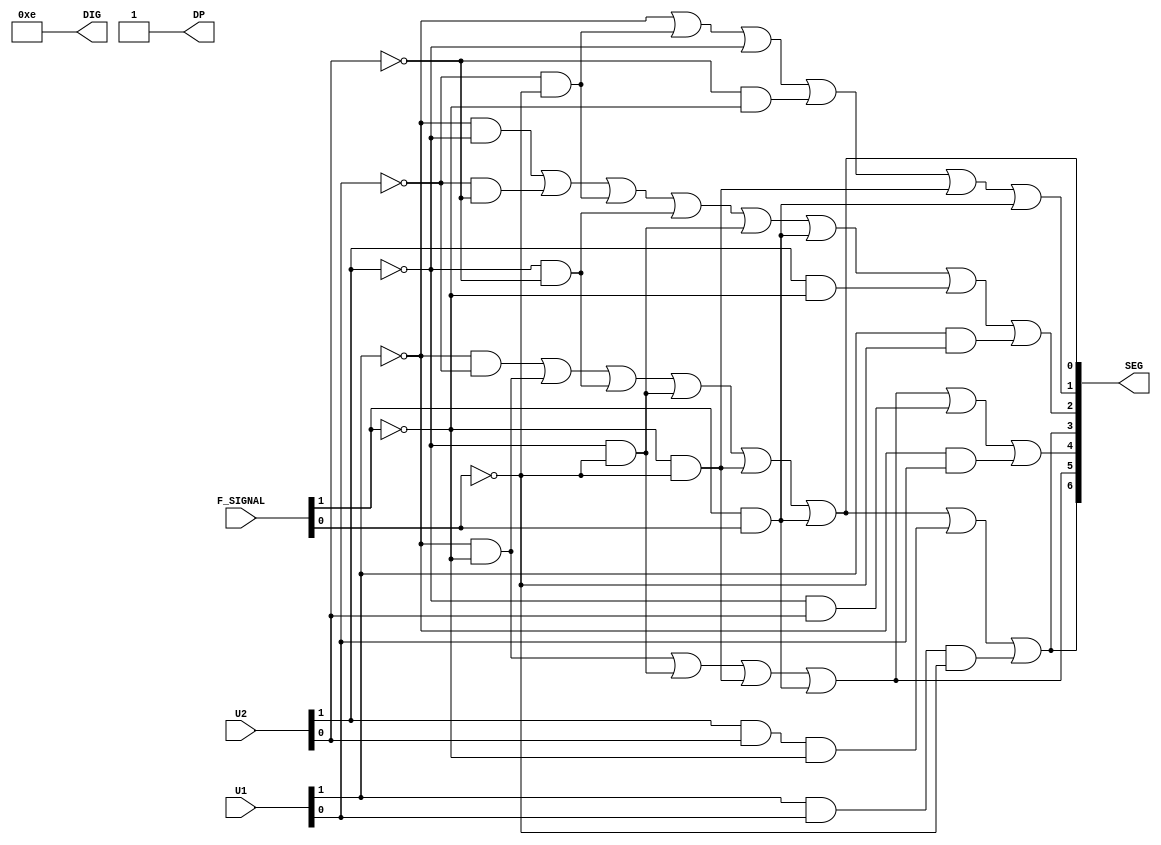
//DECODIFICADOR DO MOSTRADOR DE 7 SEGMENTOS

module display_decoder(SEG, DIG, DP, U1, U2, F_SIGNAL);

	input [1:0]U1;
	input [1:0]U2;
	input [1:0]F_SIGNAL;
	output [6:0]SEG;
	output [3:0]DIG;
	output DP;
	wire T1, T2, T3, T4, T5, T6;
	wire G1, G2, G3, G4;
	wire J1, J2, J3, J4, J5, J6, J7, J8;
	wire P1, P2, P3, P4, P5, P6, P7, P8, P9;
	wire D1, D2, D3, D4, D5, D6;
	wire H1, H2, H3, H4, H5, H6;
	wire A1, A2, A3, A4, A5, A6, A7, A8;
	

	not Inv0(not_U10, U1[0]);
	not Inv1(not_U11, U1[1]);
	not Inv2(not_U20, U2[0]);
	not Inv3(not_U21, U2[1]);
	not Inv4(not_F0, F_SIGNAL[0]);
	not Inv5(not_F1, F_SIGNAL[1]);

	//For DP output
	and And0(DP, 1'b1, 1'b1);

	//For DIG[0]
	and And1(DIG[0], 1'b1, 1'b0);

	//For DIG[1]
	and And2(DIG[1], 1'b1, 1'b1);

	//For DIG[2]
	and And3(DIG[2], 1'b1, 1'b1);

	//For DIG[0]
	and And4(DIG[3], 1'b1, 1'b1);

	//For SEG[0] (g) output
	and And5(T1, not_U11, not_U10);
	and And6(T2, not_U11, not_F1);
	and And7(T3, not_U21, not_U20);
	and And8(T4, not_U21, not_F0);
	and And9(T5, not_F1, not_F0);
	and And10(T6, F_SIGNAL[1], F_SIGNAL[0]);
	or Or0(SEG[0], T1, T2, T3, T4, T5, T6);

	//For SEG[1] (f) output
	and And11(G1, not_U10, not_F0);
	and And12(G2, not_U20, not_F1);
	and And13(G3, not_F1, not_F0);
	and And14(G4, F_SIGNAL[1], F_SIGNAL[0]);
	or Or1(SEG[1], not_U11, G1, not_U21, G2, G3, G4);

	//For SEG[2] (e) output
	and And15(J1, not_U11, not_U21);
	and And16(J2, not_U10, not_U20);
	and And17(J3, not_U10, not_F0);
	and And18(J4, not_U21, not_U20);
	and And19(J5, not_U21, not_F0);
	and And20(J6, F_SIGNAL[1], F_SIGNAL[0]);
	and And21(J7, U2[1], not_F1);
	and And22(J8, U1[1], not_F0);
	or Or2(SEG[2], J1, J2, J3, J4, J5, J6, J7, J8);

	//For SEG[3] (d) output
	and And23(P1, not_U11, not_U10);
	and And24(P2, not_U11, not_F1);
	and And25(P3, not_U21, not_U20);
	and And26(P4, not_U21, not_F0);
	and And27(P5, not_F1, not_F0);
	and And28(P6, F_SIGNAL[1], F_SIGNAL[0]);
	and And29(P7, U2[1], U2[0], not_F1);
	and And30(P8, U1[1], U1[0], not_F0);
	or Or3(SEG[3], P1, P2, P3, P4, P5, P6, P7, P8);

	//For SEG[4] (c) output
	and And31(D1, not_U11, not_F1);
	and And32(D2, not_U21, not_F0);
	and And33(D3, not_F1, not_F0);
	and And34(D4, F_SIGNAL[1], F_SIGNAL[0]);
	and And35(D5, not_U21, U2[0]);
	and And36(D6, not_U11, U1[0]);
	or Or4(SEG[4], D1, D2, D3, D4, D5, D6);

	//For SEG[5] (b) output
	and And37(H1, not_U11, not_F1);
	and And38(H2, not_U21, not_F0);
	and And39(H3, not_F1, not_F0);
	and And40(H4, F_SIGNAL[1], F_SIGNAL[0]);
	or Or5(SEG[5], H1, H2, H3, H4);

	//For SEG[6] (a) output
	and And46(A1, not_U11, not_U10);
	and And47(A2, not_U11, not_F1);
	and And48(A3, not_U21, not_U20);
	and And49(A4, not_U21, not_F0);
	and And50(A5, not_F1, not_F0);
	and And51(A6, F_SIGNAL[1], F_SIGNAL[0]);
	and And52(A7, U2[1], U2[0], not_F1);
	and And53(A8, U1[1], U1[0], not_F0);
	or Or6(SEG[6], A1, A2, A3, A4, A5, A6, A7, A8);

endmodule